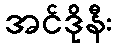
အင်ဒိုနီး